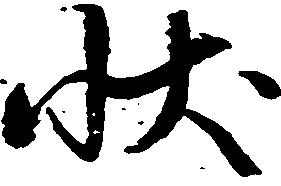
状